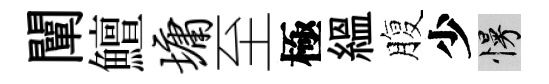
闡鱣墉至極緼腹少慢